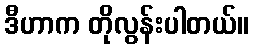
ဒီဟာက တိုလွန်းပါတယ်။